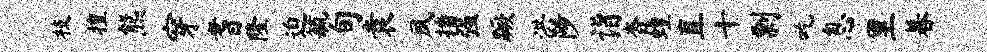
枝擅熊穿耆隆迫毓旬袁夙播强蹶洪陟诣杳蝗直十剽吃息里暮